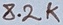
Text: 8.2K